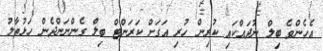
އެހެންވެ ބިލް ނުދައްކައި ކުރިން ހުރި އަގަށް ކަރަންޓް ބިލް ގެންނަންދެން ހަޅުތާލު